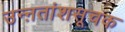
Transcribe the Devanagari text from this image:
उन्ऩतांशसूचक